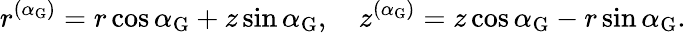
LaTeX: r^{(\alpha_{\mathrm{G}})}=r\cos\alpha_{\mathrm{G}}+z\sin\alpha_{\mathrm{G}},\quad z^{(\alpha_{\mathrm{G}})}=z\cos\alpha_{\mathrm{G}}-r\sin\alpha_{\mathrm{G}}.